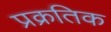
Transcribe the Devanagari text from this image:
प्रक्रतिक